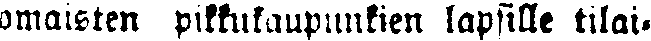
omaisten pikkukaupunkien lapsille tilai-